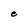
Character: e